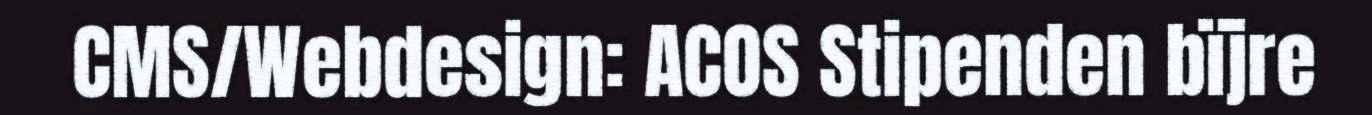
CMS/Webdesign: ACOS Stipenden bïjre